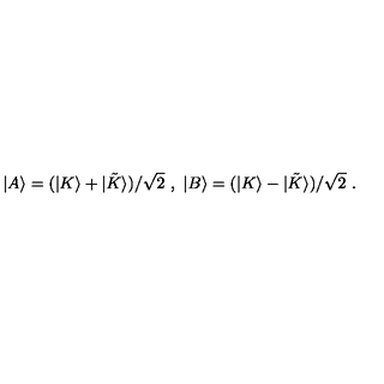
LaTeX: | A \rangle = ( | K \rangle + | { \tilde { K } } \rangle ) / \sqrt { 2 } \ , \ | B \rangle = ( | K \rangle - | { \tilde { K } } \rangle ) / \sqrt { 2 } \ .